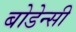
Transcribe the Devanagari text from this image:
बोडेन्सी